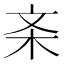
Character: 𱣅